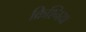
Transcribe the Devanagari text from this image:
क्रिश्निया